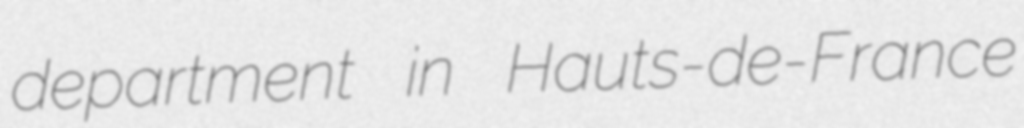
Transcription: department in Hauts-de-France